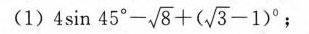
(1) $$4 \sin 4 ° - \sqrt { 8 } +( \sqrt { 3 } - 1 ) ^ { 0 };$$